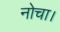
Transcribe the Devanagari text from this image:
नोचा।